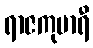
ရာဇကုမာရီ